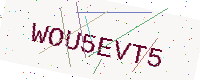
Text: WOU5EVT5